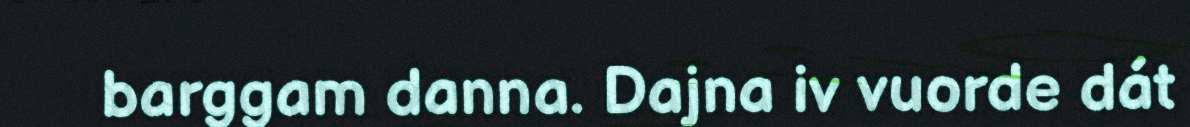
barggam danna. Dajna iv vuorde dát